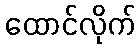
ထောင်လိုက်